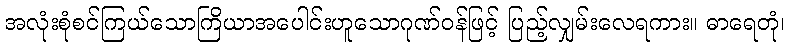
အလုံးစုံစင်ကြယ်သောကြိယာအပေါင်းဟူသောဂုဏ်ဝန်ဖြင့် ပြည့်လျှမ်းလေရကား။ ဓာရေတုံ၊